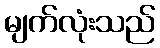
မျက်လုံးသည်